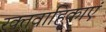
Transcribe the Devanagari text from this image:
रक्तवाहिकाएं